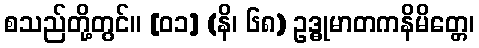
စသည်တို့တွင်။ [၀၁] (နိ၊ ၆၈) ဥဒ္ဓုမာတကနိမိတ္တေ၊